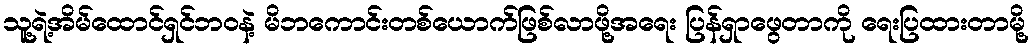
သူ့ရဲ့အိမ်ထောင်ရှင်ဘဝနဲ့ မိဘကောင်းတစ်ယောက်ဖြစ်လာဖို့အရေး ပြန်ရှာဖွေတာကို ရေးပြထားတာမို့